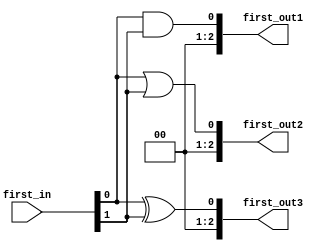
module first_module(
    input   wire    [1:0]    first_in,
    output  wire    [2:0]    first_out1,
    output  wire    [2:0]    first_out2,
    output  wire    [2:0]    first_out3
);

assign first_out1= first_in[0] & first_in[1];
assign first_out2= first_in[0] | first_in[1];
assign first_out3= first_in[0] ^ first_in[1];

endmodule